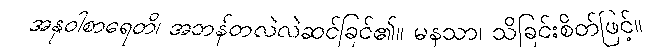
အနုဝါစာရေတိ၊ အဘန်တလဲလဲဆင်ခြင်၏။ မနသာ၊ သိခြင်းစိတ်ဖြင့်။